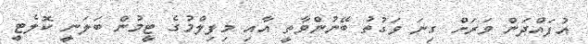
އުފައްދަން ވަރަށް ގިނަ ވަގުތު ބޭނުންވާތީ އާއި މިފިލްމުގެ ޓީމުން ބަލަނީ ކޮލެޓީ